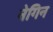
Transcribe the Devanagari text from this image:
नेगिन